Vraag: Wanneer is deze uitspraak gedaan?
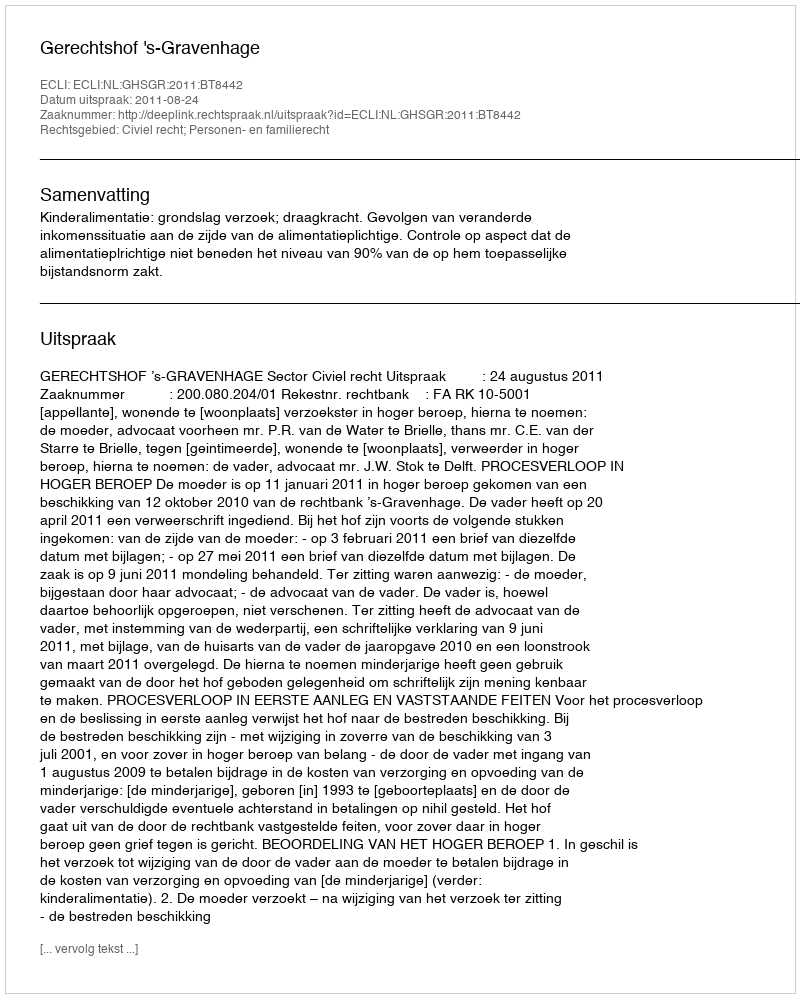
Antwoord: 2011-08-24